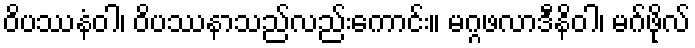
ဝိပဿနံဝါ၊ ဝိပဿနာသည်လည်းကောင်း။ မဂ္ဂဖလာဒီနိဝါ၊ မဂ်ဖိုလ်